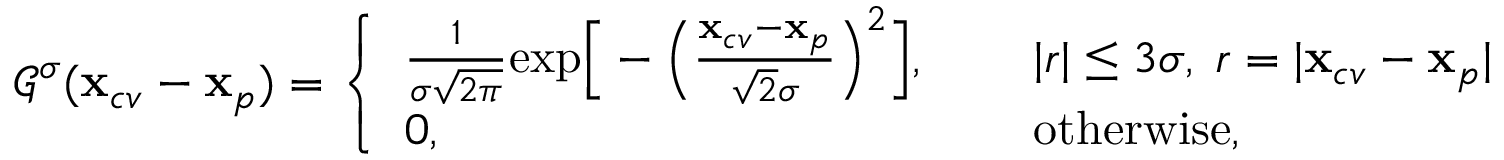
\begin{array} { r l } & { \mathcal { G } ^ { \sigma } ( \mathbf { x } _ { c v } - \mathbf { x } _ { p } ) = \left\{ \begin{array} { l l } { \frac { 1 } { \sigma \sqrt { 2 \pi } } \mathrm { e x p } \Big [ - \Big ( \frac { \mathbf { x } _ { c v } - \mathbf { x } _ { p } } { \sqrt { 2 } \sigma } \Big ) ^ { 2 } \Big ] , } & { ~ ~ ~ ~ | r | \leq 3 \sigma , \; r = | \mathbf { x } _ { c v } - \mathbf { x } _ { p } | } \\ { 0 , } & { ~ ~ ~ ~ \mathrm { o t h e r w i s e , } } \end{array} \right. } \end{array}